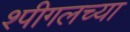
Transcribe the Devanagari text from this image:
श्पीगलच्या